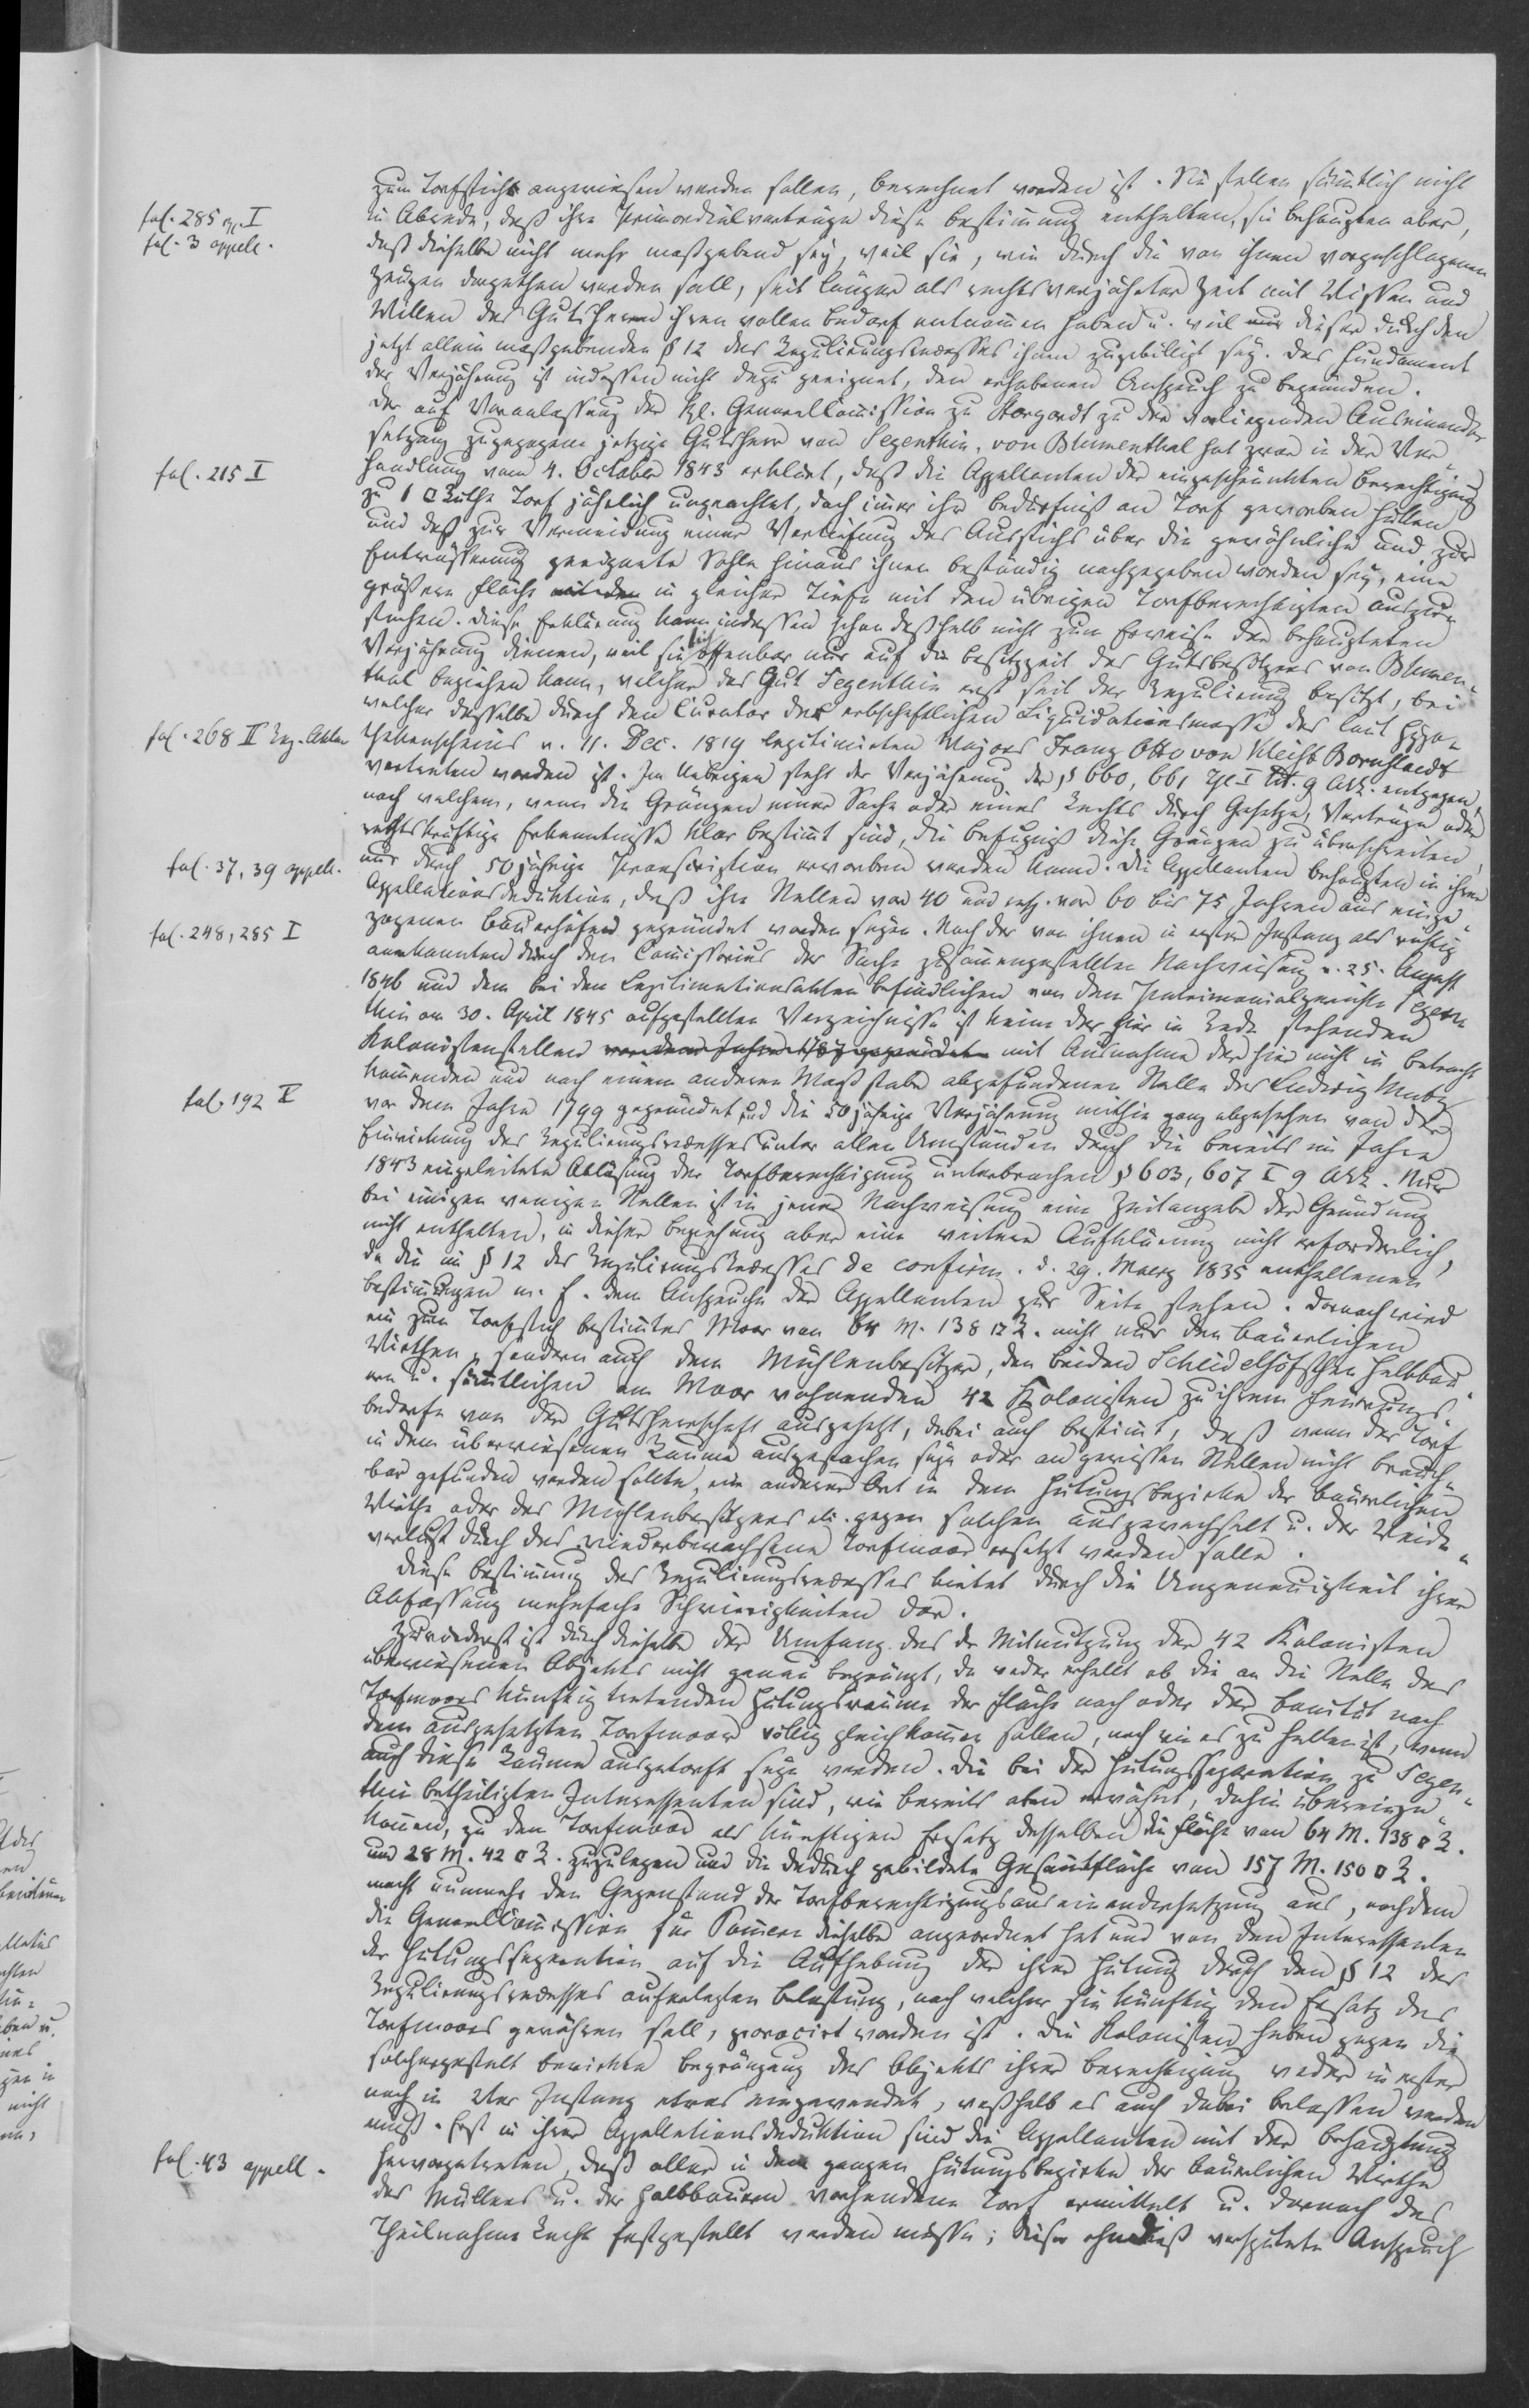
zum Torfstich angewiesen werden sollen, berechnet worden ist. Sie stellen sämmtlich nicht
in Abrede, daß ihre Primordialverträge diese Bestimmung enthalten, sie behaupten aber,
daß dieselbe nicht mehr maßgebend sey, weil sie, wie durch die von ihnen vorgeschlagenen
Zeugen dargethan werden soll, seit länger als rechtsverjährter Zeit mit Wissen und
Willen des Gutsherrn ihren vollen Bedarf entnommen haben u. weil nur dieser durch den
jetzt allein maßgebenden § 12 des Regulirungsrezesses ihnen zugebilligt sey. Das Fundament
der Verjährung ist indessen nicht dazu geeignet, den erhobenen Anspruch zu begründen.
Der auf Veranlassung der kl. Generalcommission zu Stargardt zu der vorliegenden Auseinander¬
setzung zugezogene jetzige Gutsherr von Segenthin, von Blumenthal hat zwar in der Ver¬
handlung vom 4. October 1843 erklärt, daß die Appellanten der eingeschränkten Berechtigung
zu 1 ⁠ Ruthe Torf jährlich ungeachtet, doch immer ihr Bedürfniß an Torf geworben hätten
und daß zur Vermeidung einer Vertiefung des Ausstichs über die gewöhnliche und zur
Entwässerung geeignete Sohle hinaus ihnen beständig nachgegeben worden sey, eine
größere Fläche mit den in gleicher Tiefe mit den übrigen Torfberechtigten auszu¬
stechen. Diese Erklärung kann indessen schon deshalb nicht zum Erweise der behaupteten
Verjährung dienen, weil sie sich offenbar nur auf die Besitzzeit des Gutsbesitzers von Blumen¬
thal beziehen kann, welcher das Gut Segenthin erst seit der Regulirung besitzt, bei
welcher dasselbe durch den Curator der erbschaftlichen Liquidationsmasse des laut Hypo¬
thekenscheins v. 11. Dec. 1819 legitimirten Majors Franz Otto von Kleist Bornstaedt
vertreten worden ist. Im Uebrigen steht der Verjährung der § 660, 661 Tfl I lit. 9 Alk. entgegen,
nach welchem, wenn die Gränzen einer Sache oder eines Rechts durch Gesetze, Verträge oder
rechtskräftige Erkenntniß klar bestimmt sind, die Befugniß diese Gränzen zu überschreiten
nur durch 50 jährige Transcription erworben werden kann. Die Appellanten behaupten in ihrer
Appellationsdeduktion, daß ihre Stellen vor 40 und resp. vor 60 bis 75 Jahren aus einge¬
zogenen Bauerhöfen gegründet worden seyen. Nach der von ihnen in erster Instanz als richtig
anerkannten durch den Commissarius der Sache zusammengestellten Nachweisung v. 25. August
1846 und dem bei den Legitimationsakten befindlichen von dem Patrimonialgerichte Segen¬
thin am 30. April 1845 ausgestellten Verzeichnisse ist keine der hier in Rede stehenden
Kolonistenstellen vor dem Jahre 1787 gegründet mit Ausnahme der hier nicht in Betracht
kommenden und nach einem anderen Maßstabe abgefundenen Stelle des Ludwig Mutz
vor dem Jahre 1799 gegründet und die 50 jährige Verjährung mithin ganz abgesehen von der
Einwirkung des Regulirungsrecesses unter allen Umständen durch die bereits im Jahre
1843 eingeleitete Ablösung der Torfberechtigung unterbrochen § 603, 607 I 9 Alk. Nur
bei einigen wenigen Stellen ist in jener Nachweisung eine Zeitangabe der Gründung
nicht enthalten, in dieser Beziehung aber eine weitere Aufklärung nicht erforderlich,
da die im § 12 des Regulirungsrecesses de confirm. d. 29. Maerz 1835 enthaltenen
Bestimmungen m. E. dem Anspruche der Appellanten zur Seite stehen. Darnach wird
ein zum Torfstich bestimmtes Moor von 64 M. 138 ⁠ R. nicht nur den bäuerlichen
Wirthen, sondern auch dem Mühlenbesitzer, den beiden Scheidelhofschen Halbbau¬
ern u. sämmtlichen am Moor vorhannden<en> 42 Kolonisten zu ihrem Feuerungs¬
bedarfe von der Gutsherrschaft ausgesetzt, dabei auch bestimmt, daß wenn der Torf
in dem überwiesenen Raume ausgestochen seyn oder an gewissen Stellen nicht brauch¬
bar gefunden werden sollte, ein anderer Ort in dem Hütungsbezirke der bäuerlichen
Wirthe oder des Mühlenbesitzers xxx. gegen solchen ausgewechselt u. der Weide¬
verlust durch das wiederbemessene Torfmoor ersetzt werden solle.
Diese Bestimmung des Regulirungsrecesses bietet durch die Ungenauigkeit ihrer
Abfassung mehrfache Schwierigkeiten dar.
Zuvörderst ist durch dieselbe der Umfang des der Mitnutzung der 42 Kolonisten
überwiesenen Objekts nicht genau begränzt, da weder erhellt ob die an die Stelle des
Torfmoors künftig tretenden Hütungsräume der Fläche nach oder der Bonität nach
dem ausgesetzten Torfmoor völlig gleichkommen sollen, noch wie es zu halten ist, wenn
auch diese Räume ausgetorft seyn werden. Die bei der Hütungsseparation zu Segen¬
thin betheiligten Interessenten sind, wie bereits oben erwähnt, dahin übereinge¬
kommen, zu dem Torfmoor als künftigen Ersatz desselben die Fläche von 64 M. 138 ⁠ R.
und 28 M. 42 ⁠ R. zuzulegen und die dadurch gebildete Gesammtfläche von 157 M. 150 ⁠ R.
macht nunmehr den Gegenstand der Torfberechtigungsauseinandersetzung aus, nachdem
die GeneralCommission für Pommern dieselbe angeordnet hat und von den Interessenten
der Hütungsseparation auf die Aufhebung der ihrer Hütung durch den § 12 des
Regulirungsrecesses auferlegten Belastung, nach welcher sie künftig den Ersatz des
Torfmoors gewähren soll, pronocirt worden ist. Die Kolonisten haben gegen die
solchergestalt bewirkte Begränzung des Objekts ihrer Berechtigung weder in erster
noch in 2ter Instanz etwas eingewendet, weßhalb es auch dabei belassen werden
muß. Erst in ihrer Appellationsdeduktion sind die Appellanten mit der Behauptung
hervorgetreten, daß aller in dem ganzen Hütungsbezirke der bäuerlichen Wirthe
des Müllers u. der Halbbauern vorhandene Torf ermittelt u. darnach das
Theilnahme Recht festgestellt werden müsse; dieser ohnediß verspätete Anspruch

fol. 285 app. I
fol. 3 appell.
fol. 215 I
fol. 268 II Reg. Akten
fol. 37, 39 appell.
fol. 248, 285 I
fol. 192 I
fol. 43 appell.